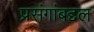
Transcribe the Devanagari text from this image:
प्रसंगांबद्दल